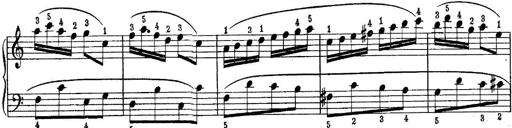
Title: Quatres sonatines
Composer: Tadeusz Joteyko